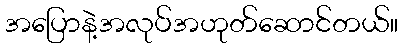
အပြောနဲ့အလုပ်အဟုတ်ဆောင်တယ်။